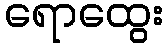
ရောထွေး